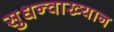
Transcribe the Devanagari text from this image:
सुधन्वाख्यान